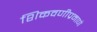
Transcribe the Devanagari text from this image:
शिकवणीप्रमाणे